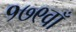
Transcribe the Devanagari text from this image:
१७९वाँ